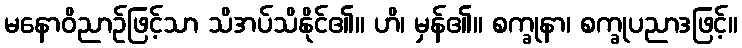
မနောဝိညာဉ်ဖြင့်သာ သိအပ်သိနိုင်၏။ ဟိ၊ မှန်၏။ စက္ခုနာ၊ စက္ခုပညာဒဖြင့်။